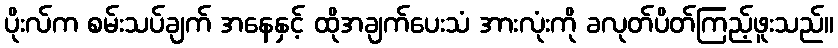
ပိုးလ်က စမ်းသပ်ချက် အနေနှင့် ထိုအချက်ပေးသံ အားလုံးကို ခလုတ်ပိတ်ကြည့်ဖူးသည်။